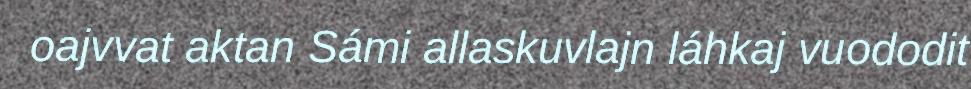
oajvvat aktan Sámi allaskuvlajn láhkaj vuododit